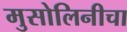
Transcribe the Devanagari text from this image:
मुसोलिनीचा